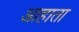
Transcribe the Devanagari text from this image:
आहाता